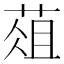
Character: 葅